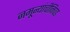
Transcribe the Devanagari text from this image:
नमून्यांचीनिवड